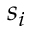
s _ { i }